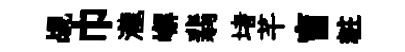
覘巾瀧嶰翡堵芊盲粧